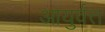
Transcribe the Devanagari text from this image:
आयुर्वत्त